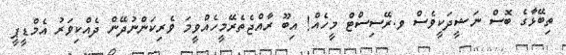
ތިބޭޅާގެ ބޮސް ނަޝީދަކީވެސް ވ.ރޭސިސްޓް މީހެއް! އިބޫ ރާއްޖެތެރޭމީހެއްވީމަ ވެރިކަންނުދޭން ދެއްކިވަރު އެމްޑީޕީ